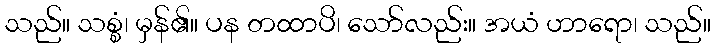
သည်။ သစ္စံ၊ မှန်၏။ ပန တထာပိ၊ သော်လည်း။ အယံ ဟာရော၊ သည်။